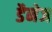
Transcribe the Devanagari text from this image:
डैनेज